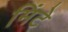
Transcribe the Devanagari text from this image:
मिंटे